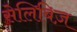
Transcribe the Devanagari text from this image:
सेलिबिज़